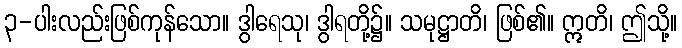
၃-ပါးလည်းဖြစ်ကုန်သော။ ဒွါရေသု၊ ဒွါရတို့၌။ သမုဋ္ဌာတိ၊ ဖြစ်၏။ ဣတိ၊ ဤသို့။